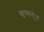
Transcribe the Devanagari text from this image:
कृष्णकुंड